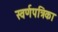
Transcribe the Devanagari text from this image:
स्वर्णपत्रिका